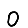
Digit: 0